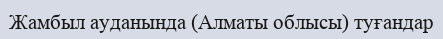
Жамбыл ауданында (Алматы облысы) туғандар